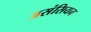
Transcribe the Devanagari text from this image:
असंसियन